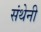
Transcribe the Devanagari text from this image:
संथेनी